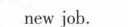
new job.